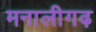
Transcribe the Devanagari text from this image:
मनालीगढ़